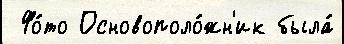
 Фо́то Основополо́жн'ик была́